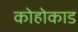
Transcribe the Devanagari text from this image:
कोहोकाड